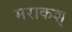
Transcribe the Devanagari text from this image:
मराकश्